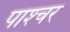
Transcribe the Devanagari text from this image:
पाश्‍चर